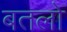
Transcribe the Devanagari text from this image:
बतलो